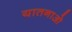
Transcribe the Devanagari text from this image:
यातनाओ